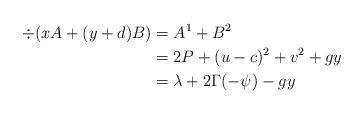
LaTeX: \begin{align*} \div (xA+(y+d)B) &= A^1 + B^2 \\ &= 2P + (u-c)^2 + v^2 + gy \\ &= \lambda + 2\Gamma(-\psi) - gy \end{align*}